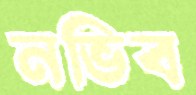
নভিব